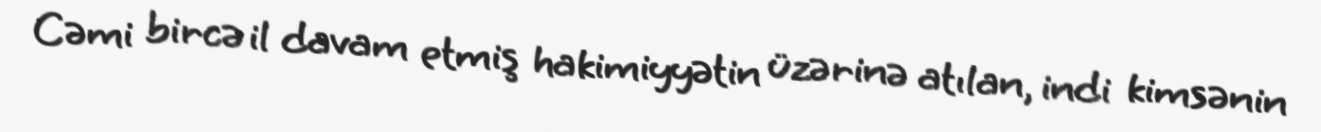
Cəmi bircə il davam etmiş hakimiyyətin üzərinə atılan, indi kimsənin